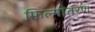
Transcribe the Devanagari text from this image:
फ़िल्मांतरण